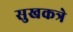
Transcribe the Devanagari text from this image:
सुखकत्रे